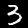
Label: 3